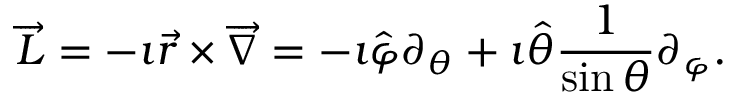
\overrightarrow { L } = - \imath \overrightarrow { r } \times \overrightarrow { \nabla } = - \imath \hat { \varphi } \partial _ { \theta } + \imath \hat { \theta } \frac { 1 } { \sin { \theta } } \partial _ { \varphi } .